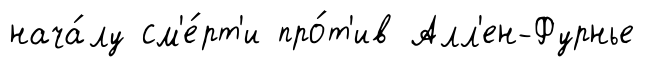
нача́лу см'е́рт'и про́т'ив Алл'ен-Фурнье